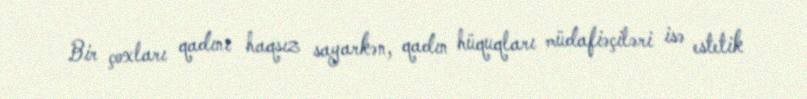
Bir çoxları qadını haqsız sayarkən, qadın hüquqları müdafiəçiləri isə estetik